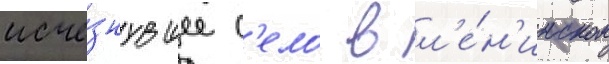
исче́знувшее с'ело в л'е́н'инском